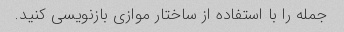
جمله را با استفاده از ساختار موازی بازنویسی کنید.